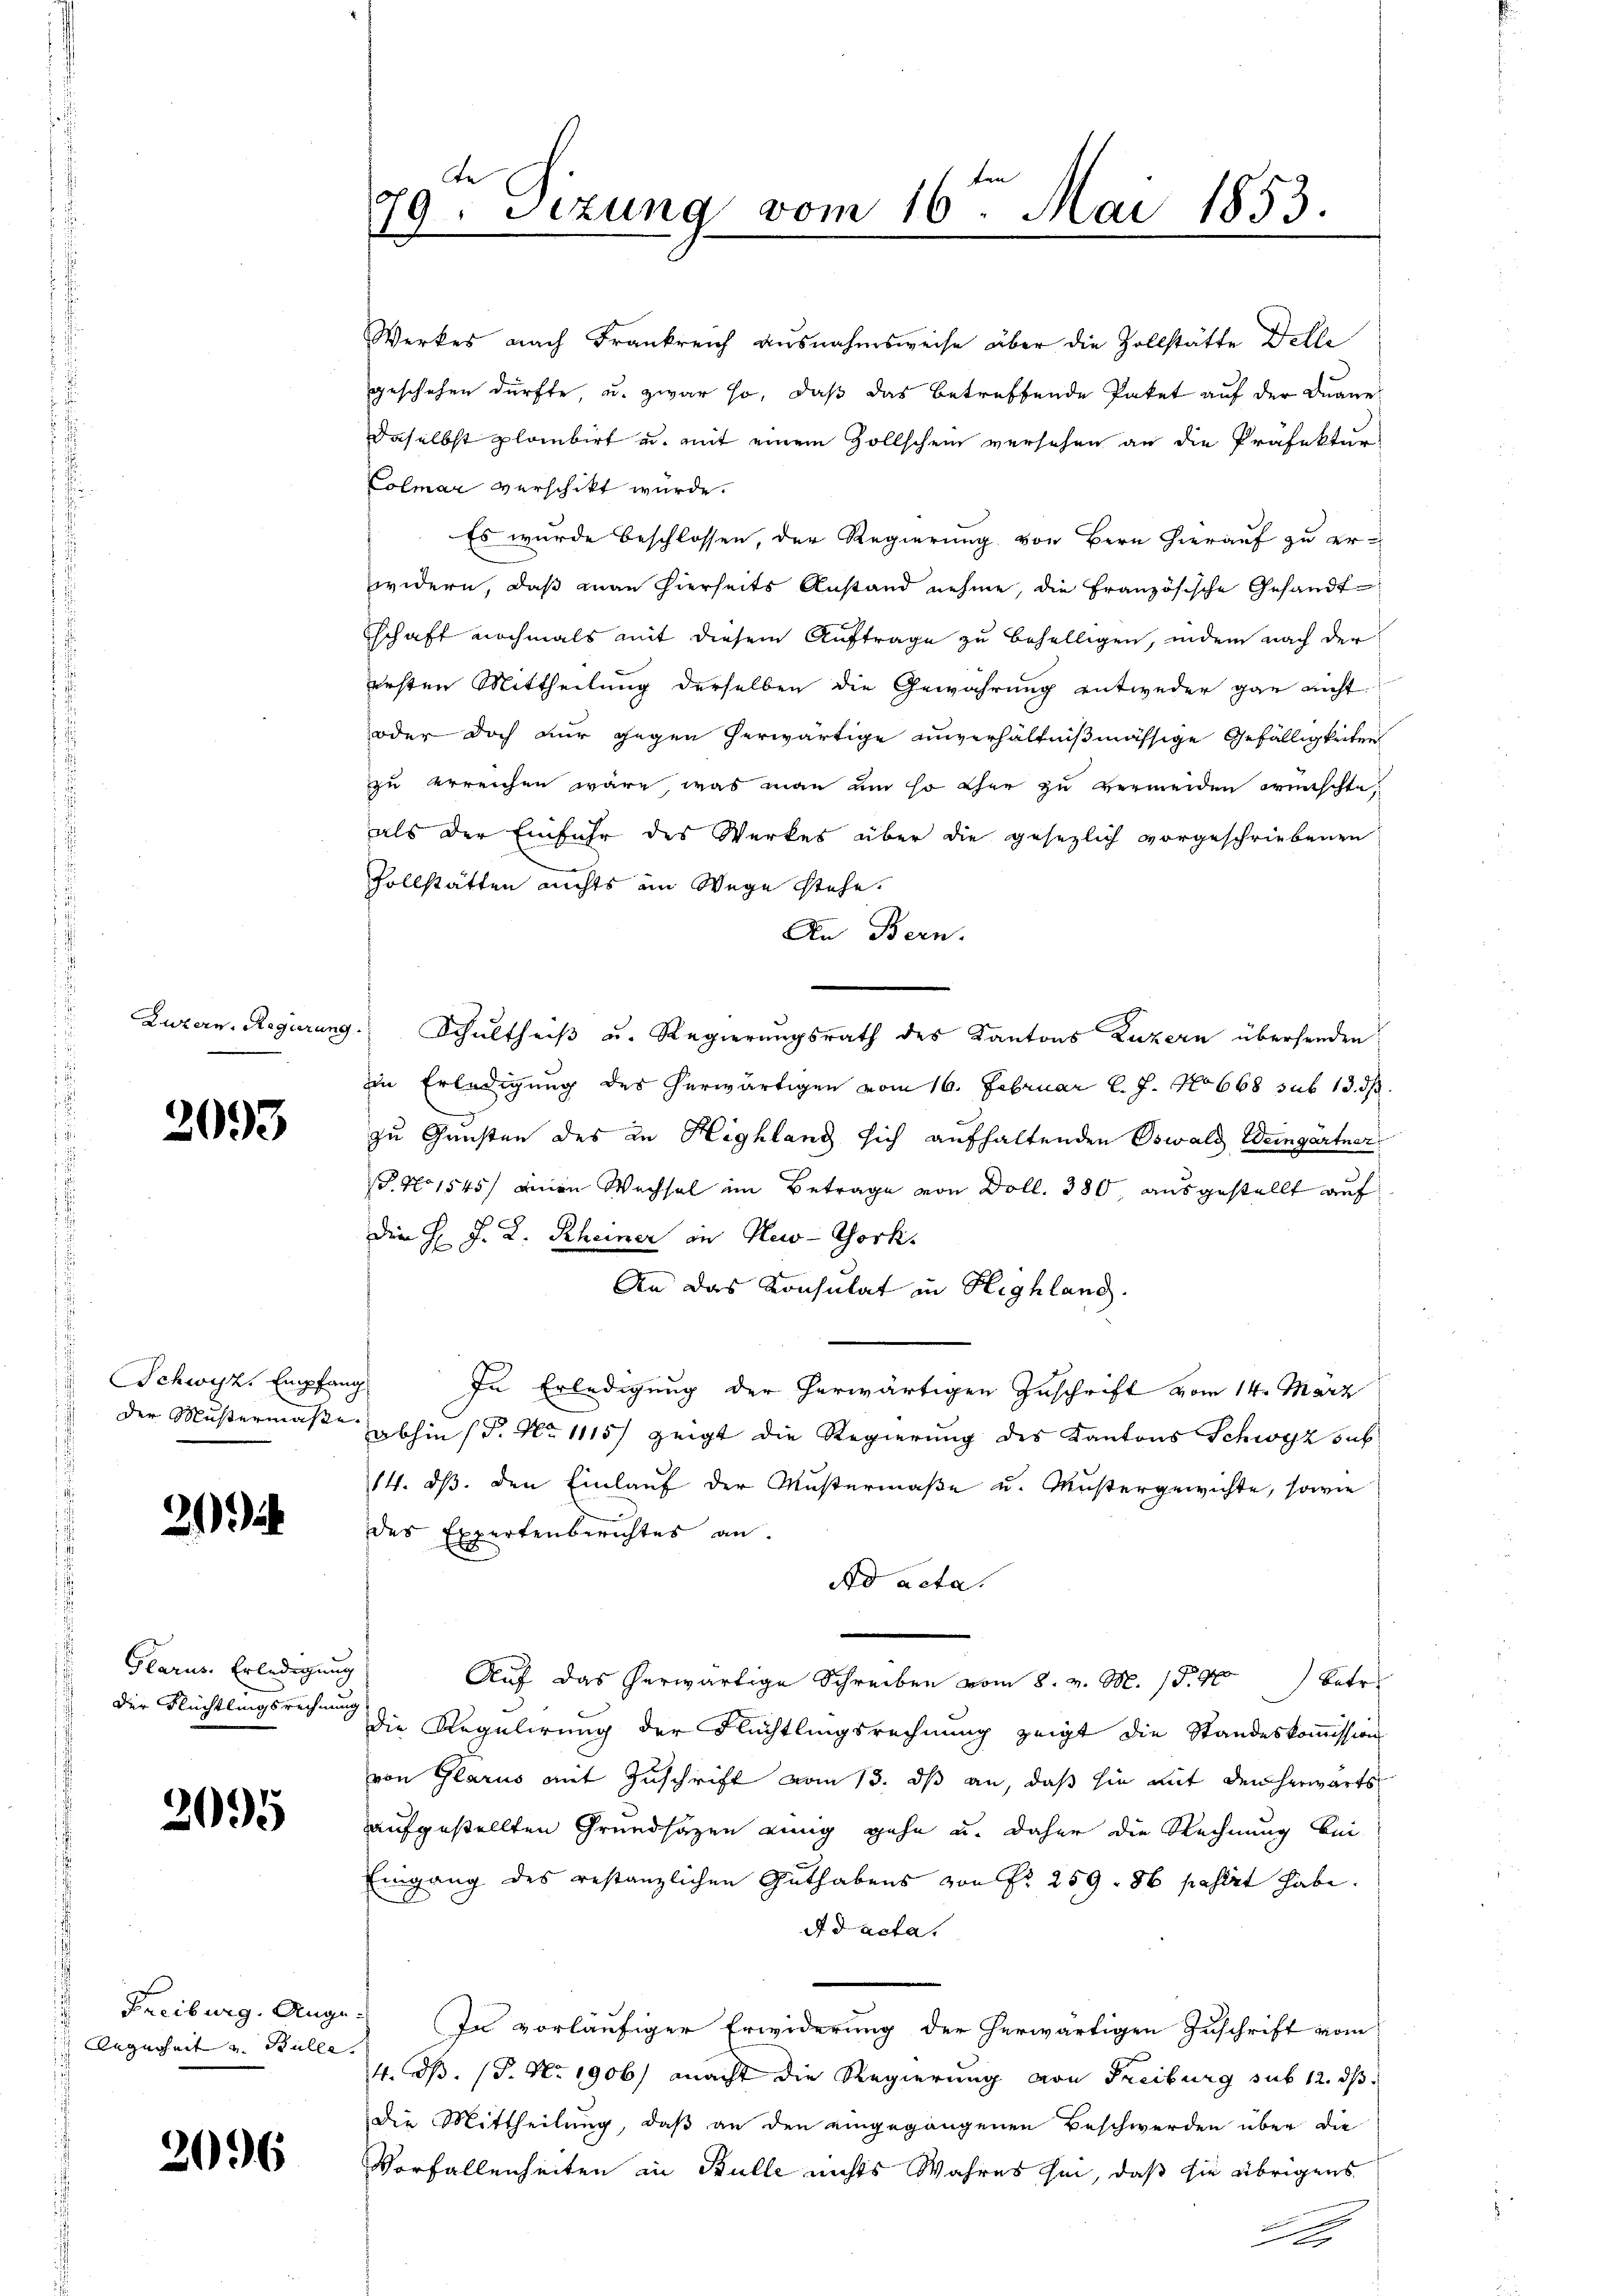
Luzern. Regierung

2093

Schwyz, Empfan
der Mustermaße

21

Glarus. Erledigung
Der Rüchtlingsrechnung

2095

Regenheit u. Bulle.

2096

de
49 Dizung vom 16ten Mai 1853.
l

Werkes nach Frankreich ausnahmsweise über die Zollstätte Delle

geschehen dürfte, u. zwar so, daß das betreffende Paket auf der Duane
daselbst glaubirt u. mit einem Zollschein versehen an die Präfektur
Colmar verschikt würde.
Es wurde beschlossen, der Regierung von Bern hierauf zu er-
widern, daß man hierseits Anstand nehme, die Französische Gesandtschaft nochmals mit diesem Auftrage zu behelligen, indem nach der
ersten Mittheilung derselben die Gewährung entweder gar nicht
oder doch nur gegen herwärtige unverhältnißmässige Gefälligkeiten
zu erreichen wäre, was man um so eher zu vermeiden wünschte,
als der Einfuhr des Werkes über die gesezlich vorgeschriebenen
Vollstätten nichts am Wege stehe.
An Bern.
v. Schultheiß u. Regierungsrath des Kantons Luzern übersenden
in Erledigung des herwärtigen vom 16. Februar l. J. No 668 sub 13. d.
zu Gunsten des in Highlang sich aufhaltenden Oswald Weingärtner
P. No 1545) einen Wachsel im Betrage von Doll. 380, ausgestellt auf
Dem H. J. L. Rheiner in New-York.
An das Konsulat in Highland.
In Erledigung der herwärtigen Zuschrift vom 14. März
abhin (T. No 1115) zeigt die Regierung des Kantons Schwyz sub
14. ds. den Einlauf der Mustermaße u. Mustergewichte, sowie
des Expertenberichtes an.
Ad acta.
Auf das herwärtige Schreiben vom 8. v. M. 15. 90 Betr
die Regulirung der Flüchtlingsrechnung zeigt die Standeskommission
von Glarus mit Zuschrift vom 13. ds an, daß sie mit dem herwärts
aufgestellten Grundsazen einig gehe u. daher die Rechnung bei
Eingang des restanzlichen Guthabens von Nr. 259. 86 pasirt habe.
Ad acta.
Freiburg. Auge. In vorläufiger Erwiderung der herwärtigen Zuschrift vom
4. dß. (T. No 1906) macht die Regierung von Freiburg sub 12. ds.
die Mittheilung, daß an den eingegangenen Beschwerden über die
Vorfallenheiten in Bulle nichts Wahres sei, daß sie übrigens
u